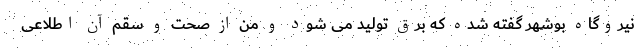
نیروگاه بوشهر گفته شده که برق تولید می شود و من از صحت و سقم آن اطلاعی